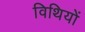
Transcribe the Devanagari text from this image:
विथियों